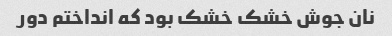
نان جوش خشک خشک بود که انداختم دور